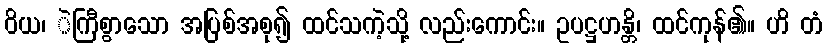
ဝိယ၊ ဲကြီစွာသော အပြစ်အစု၍ ထင်သကဲ့သို့ လည်းကောင်း။ ဥပဋ္ဌဟန္တိ၊ ထင်ကုန်၏။ ဟိ တံ